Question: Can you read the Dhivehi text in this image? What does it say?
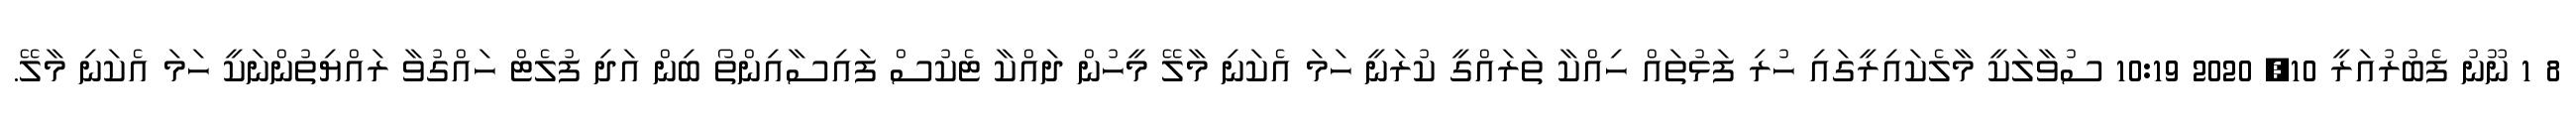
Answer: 8 1 ނޫނު ފެބުރުއަރީ 10, 2020 10:19 ސުވާލަކީ މާލެކައިރީގައި ހުރި ފަޅުތައް ހިއްކާ ތަރައްގީ ކުރަނީ ހަމަ އެކަނި މާލޭ މީހުން ދައްކާ ޓެކުސް ފައިސާއިންތޯ ބިން އަދި ފުލެޓް ހައްގުވާ ރައްޔިތުންނަކީ ހަމަ އެކަނި މާލޭ.